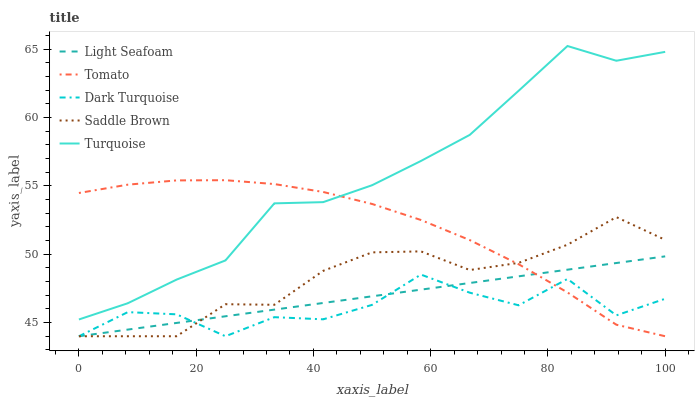
| xaxis_label | Light Seafoam | Tomato | Dark Turquoise | Saddle Brown | Turquoise |
 | --- | --- | --- | --- | --- | --- |
 | 0 | 44 | 54.5 | 44 | 44 | 45.2 |
 | 8.33 | 44.5 | 55.1 | 45.8 | 44 | 46.4 |
 | 16.7 | 45 | 55.4 | 45.6 | 44 | 48.1 |
 | 25 | 45.5 | 55.4 | 44 | 46.3 | 49.5 |
 | 33.3 | 45.9 | 55.1 | 45.4 | 46.3 | 53.7 |
 | 41.7 | 46.4 | 54.6 | 45.2 | 48.8 | 53.8 |
 | 50 | 46.9 | 53.7 | 46.3 | 50.1 | 55 |
 | 58.3 | 47.4 | 52.5 | 48.5 | 50.2 | 56.8 |
 | 66.7 | 47.9 | 51 | 47.2 | 48.8 | 58.7 |
 | 75 | 48.4 | 49.3 | 46.3 | 49.4 | 62 |
 | 83.3 | 48.9 | 47.2 | 48.2 | 50.7 | 65.2 |
 | 91.7 | 49.4 | 44.8 | 45.5 | 52.7 | 64.1 |
 | 100 | 49.8 | 44 | 46.7 | 51 | 64.8 |